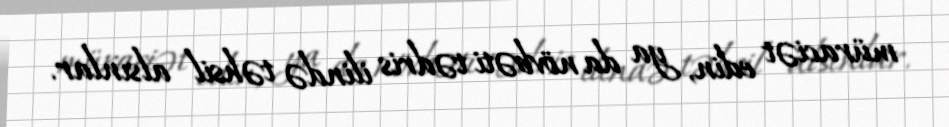
müraciət edin, ya da növbəti tədris ilində təhsil alsınlar.